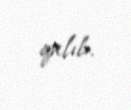
qalıb.